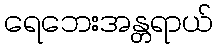
ရေဘေးအန္တရာယ်